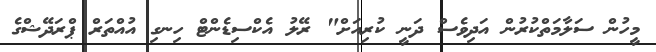
މީހުން ސަލާމަތްކުރުން އަދިވެސް ދަނީ ކުރިއަށް" ރޭލު އެކްސިޑެންޓް ހިނގި އުއްތަރް ޕްރަދޭޝްގެ